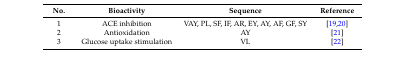
<table><thead><tr><td><b>No.</b></td><td><b>Bioactivity</b></td><td><b>Sequence</b></td><td><b>Reference</b></td></tr></thead><tbody><tr><td>1</td><td>ACE inhibition</td><td>VAY, PL, SF, IF, AR, EY, AY, AF, GF, SY</td><td>[19,20]</td></tr><tr><td>2</td><td>Antioxidation</td><td>AY</td><td>[21]</td></tr><tr><td>3</td><td>Glucose uptake stimulation</td><td>VL</td><td>[22]</td></tr></tbody></table>